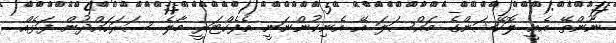
ނޫންތޭ އެއީ ލޮކޭޝަންގެ މައްސަލަ އޭ އެނިކުންނަނީ އެފެކްޓަރީ މާލެ ސަރަހައްދުން ފަޅެއް